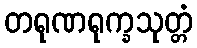
တရုဏရုက္ခသုတ္တံ